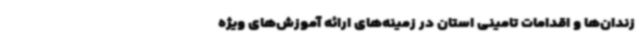
زندان‌ها و اقدامات تامینی استان در زمینه‌های ارائه آموزش‌های ویژه